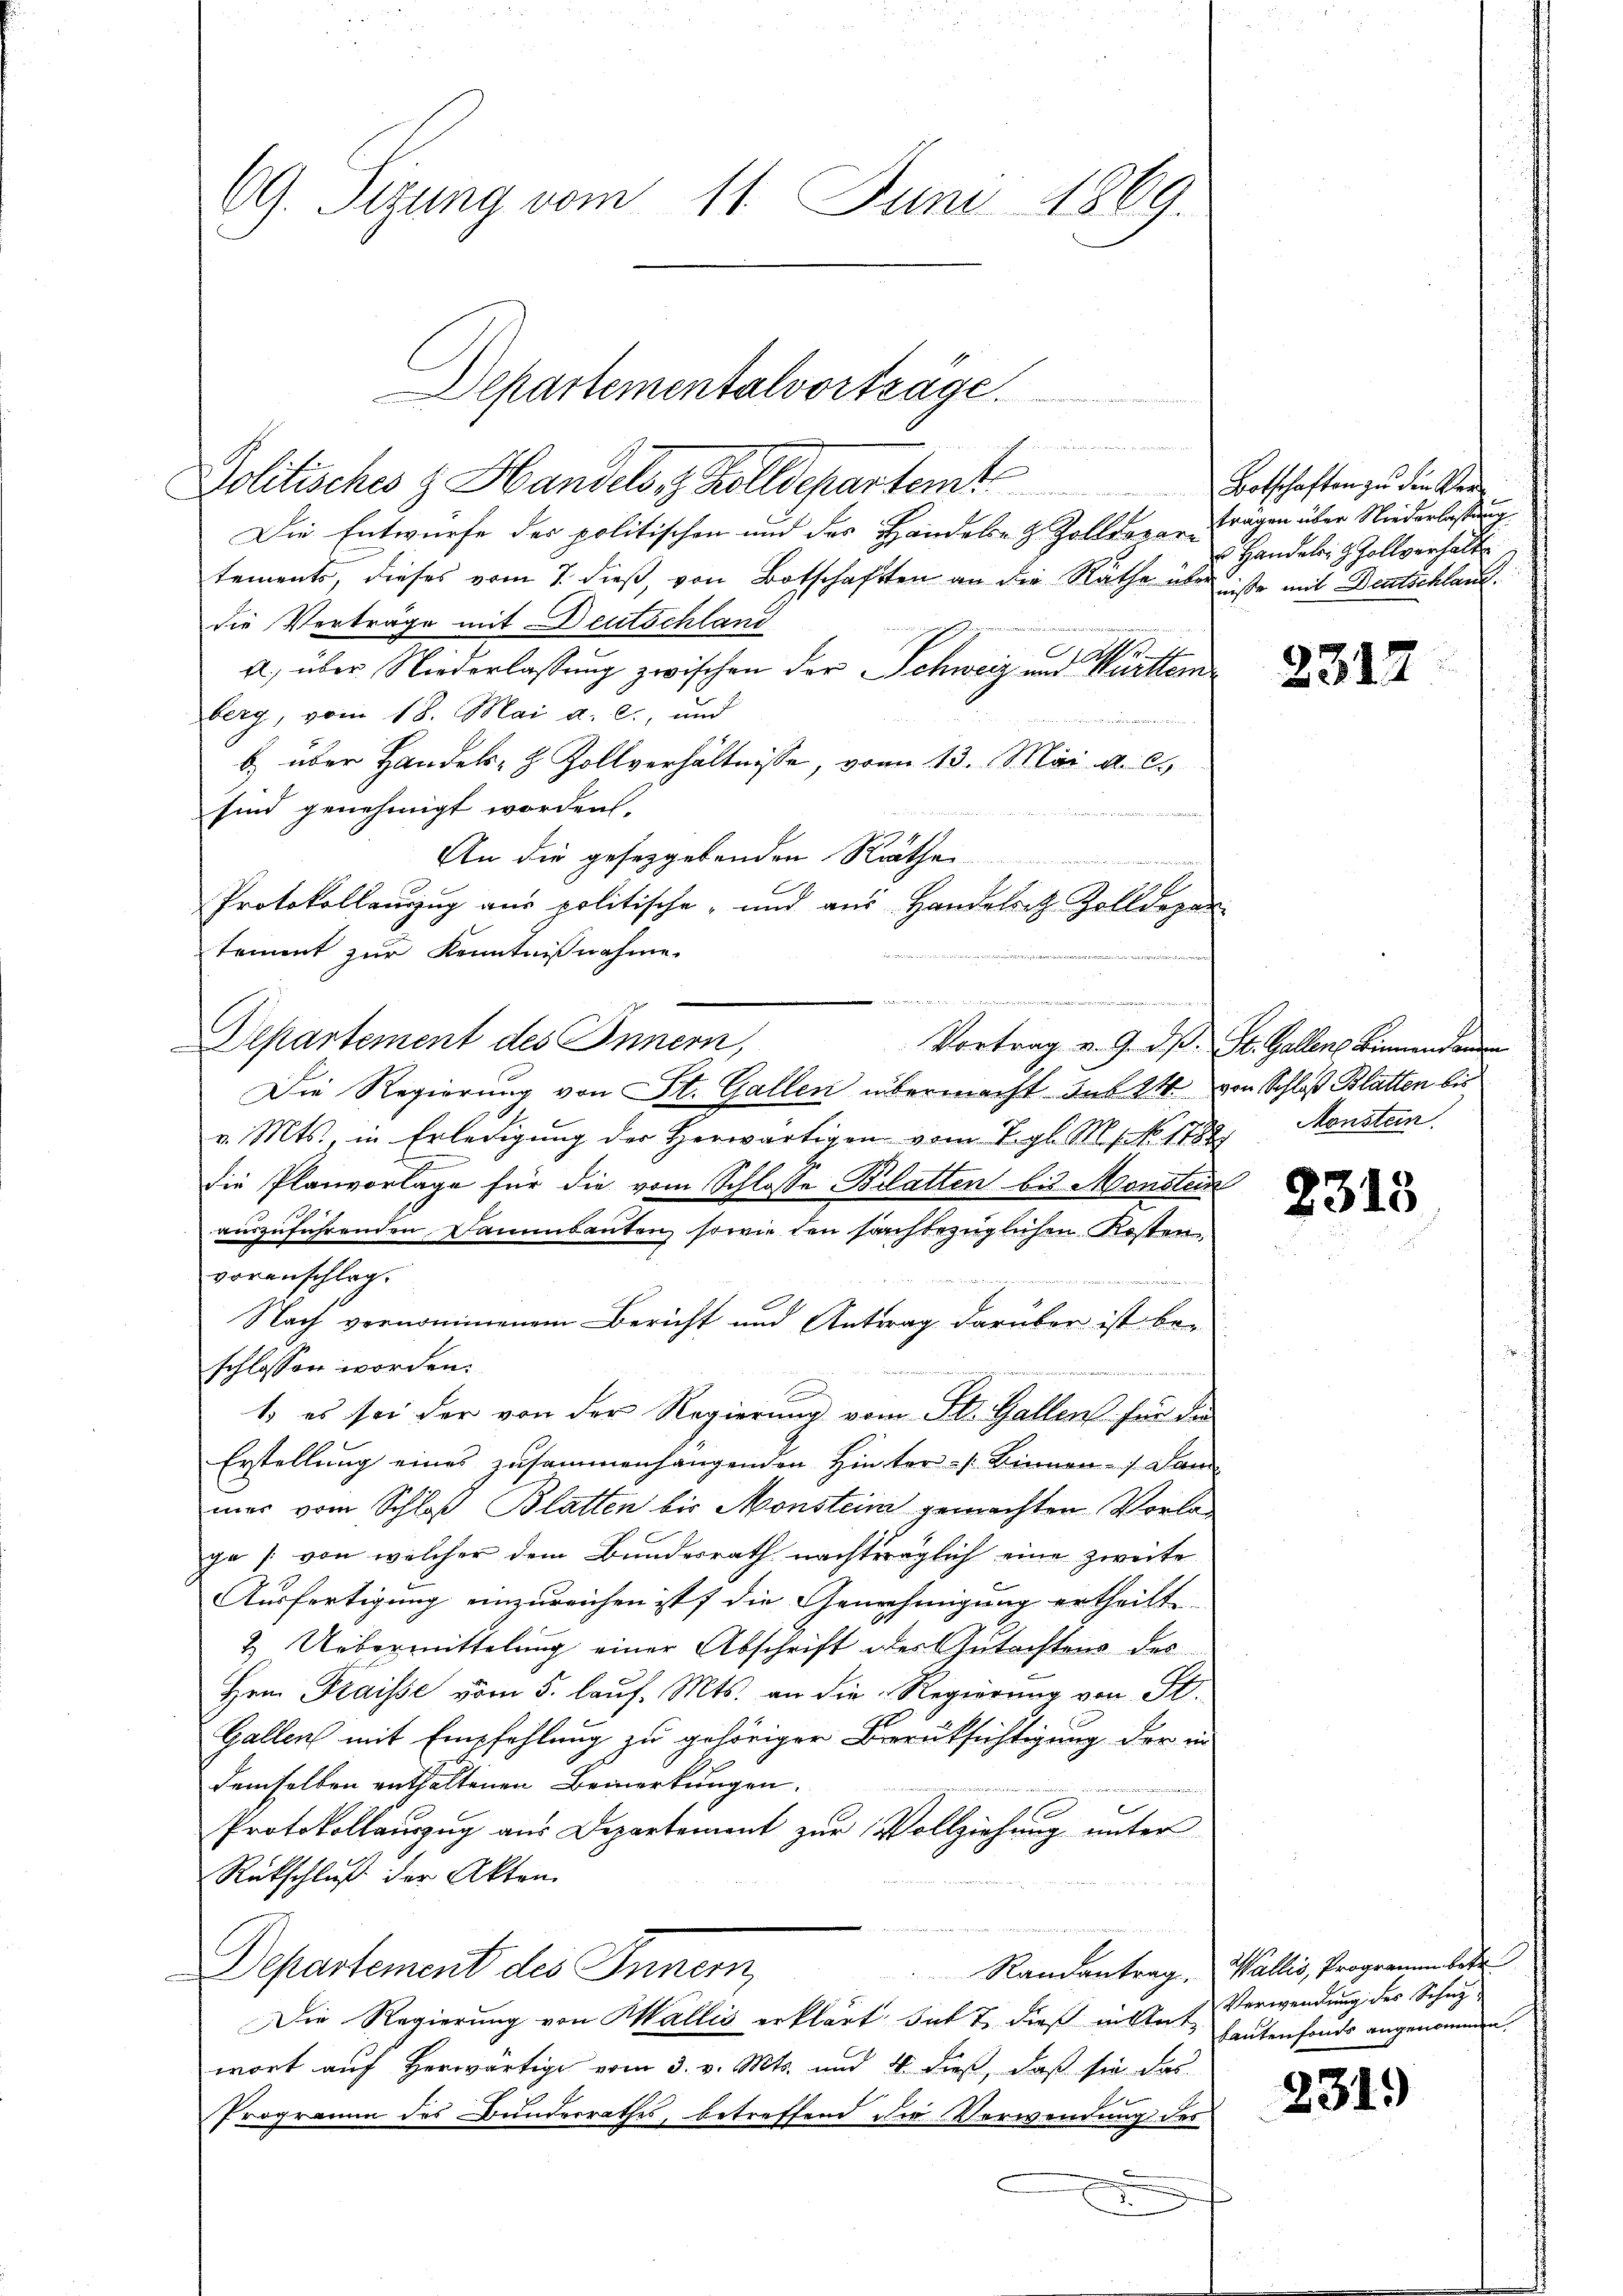
69. Sizung vom 11. Juni 1869.

Politisches & Handels, z. Zolldepartemt Botschaften zu die Ver
Die Entwurfe des politischen und des Handeln & Zolldoran Fragen über Niederlassung
tements, dieses vom 1. dieß, von Botschaften an die Räthe über iste mit Deutschland
die Verträge mit Deutschland
a) über Niederlassung zwischen der Schweiz und Württem
berg, vom 18. Mai a. c., und
b. über Handels- & Zollverhältnisse, vom 13. Mai a. c.
sind genehmigt worden.

tement zur Kenntnißnahme.
Departement des Innern,
Die Regierung von St. Gallen übermacht das 24 von Schloß Blatten bis
v. Mts., in Erledigung der Herwärtigen vom Tagl. M. 1889 Monstein
die Planvorlage für die vom Schlosse Blatten bis Monstein
auszuführenden Dammbauten, sowie den sachbezüglichen Kosten,
voranschlag.
Nach vernommenem Bericht und Antrag darüber ist be-
schlossen worden.
s
s
1. es sei der von der Regierung vom St. Gallen für die
Erstellung eines zusammenhangenden Hinter /: Binnen - 7. Jan
mer vom Schloß Blatten bis Monsteini gemachten Vorlage /: von welcher dem Bundesrath nachträglich eine zweite
Ausfertigung anzureichen ist die Genehmigung ertheilt
& Uebermittelung einer Abschrift des Gutachtens des
Hrn. Fraisse vom 5. lauf. Mts. an die Regierung von St.
Gallen mit Empfehlung zu gehöriger Berüksichtigung der in
demselben enthaltenen Bemerkungen.
e
e
Protokollauszug aus Departement zur Vollziehung unter
Rückschluß der Akten.
Departement des Innern,
Die Regierung von Wallis erklärt sub 7. dieß mittet heutenfonds angenommen,
wort auf herwärtige vom 3. v. Mts. und 4. dieß, daß sie das
Programm des Bunderrathes, betreffend die Verwendung des
d

Departementalvorträge.
z

An die geseggebenden Räthe
Protokollanzug aus politische und aus Handesrath Zolldepar
e
Vortrag v. 9. d. St. Gallen Binnendenen

u Handels- & Zollverhalt

2312

2315

Randantrag, Wallis, Programmbetr
Verwendung des Schuz-

231.